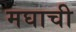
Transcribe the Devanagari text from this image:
मघाची